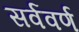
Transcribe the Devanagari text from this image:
सर्ववर्ण